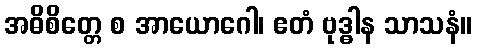
အဓိစိတ္တေ စ အာယောဂေါ၊ ဧတံ ဗုဒ္ဓါန သာသနံ။